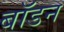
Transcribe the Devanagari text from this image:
बॉडन